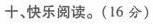
+，快乐阅读。(16分)